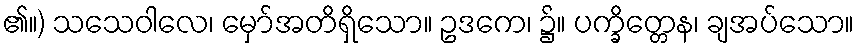
၏။) သသေဝါလေ၊ မှော်အတိရှိသော။ ဥဒကေ၊ ၌။ ပက္ခိတ္တေန၊ ချအပ်သော။